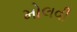
મોલવી